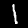
Label: 1